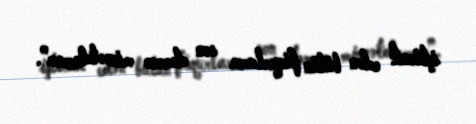
iştirak edən bütün fiqurlara son dərəcə minnətdaram”.